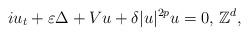
LaTeX: \begin{align*}iu_{t}+\varepsilon\Delta +Vu+\delta |u|^{2p}u=0, \, \mathbb Z^d,\end{align*}